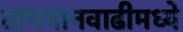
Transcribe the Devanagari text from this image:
तापमानवाढीमध्ये